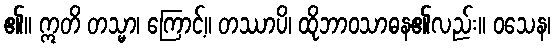
၏။ ဣတိ တသ္မာ၊ ကြောင့်။ တဿာပိ၊ ထိုဘာဝသာဓန၏လည်း။ ဝသေန၊